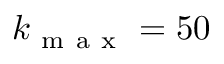
k _ { \mathrm { ~ m ~ a ~ x ~ } } = 5 0